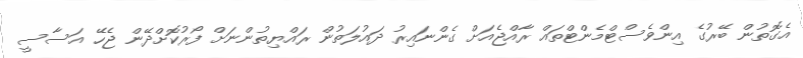
އެގޮތުން ބޭރުގެ އިންވެސްޓްމެންޓްތައް ރާއްޖެއަށް ގެންނައިރު ދައުލަތުން ރައްޔިތުންނަށް ފޯރުކޮށްދޭން ޖެހޭ އަސާސީ